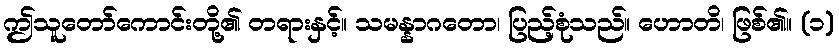
ဤသူတော်ကောင်းတို့၏ တရားနှင့်။ သမန္နာဂတော၊ ပြည့်စုံသည်။ ဟောတိ၊ ဖြစ်၏။ (၁)